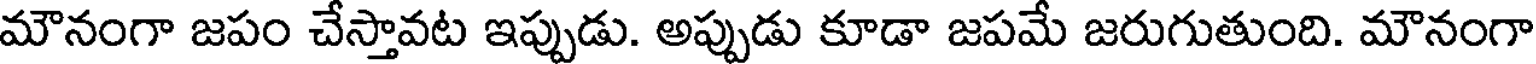
మౌనంగా జపం చేస్తావట ఇప్పుడు. అప్పుడు కూడా జపమే జరుగుతుంది. మౌనంగా